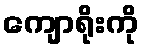
ကျောရိုးကို